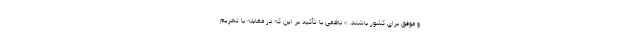
و موفق برای کشور باشند. » ناظمی با تأکید بر این که در مقابله با تحریم